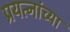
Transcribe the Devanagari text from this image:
प्रयत्नांच्या